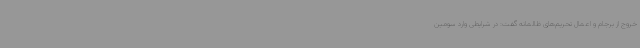
خروج از برجام و اعمال تحریم‌های ظالمانه گفت: در شرایطی وارد سومین